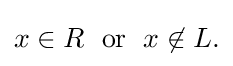
{\textstyle x\in R\;{\text{ or }}\;x\not \in L.}